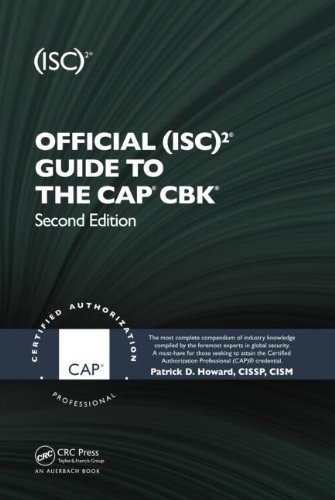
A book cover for Official (ISC)2Â® Guide to the CAPÂ® CBKÂ®, Second Edition ((ISC)2 Press); Patrick D. Howard; Computers & Technology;